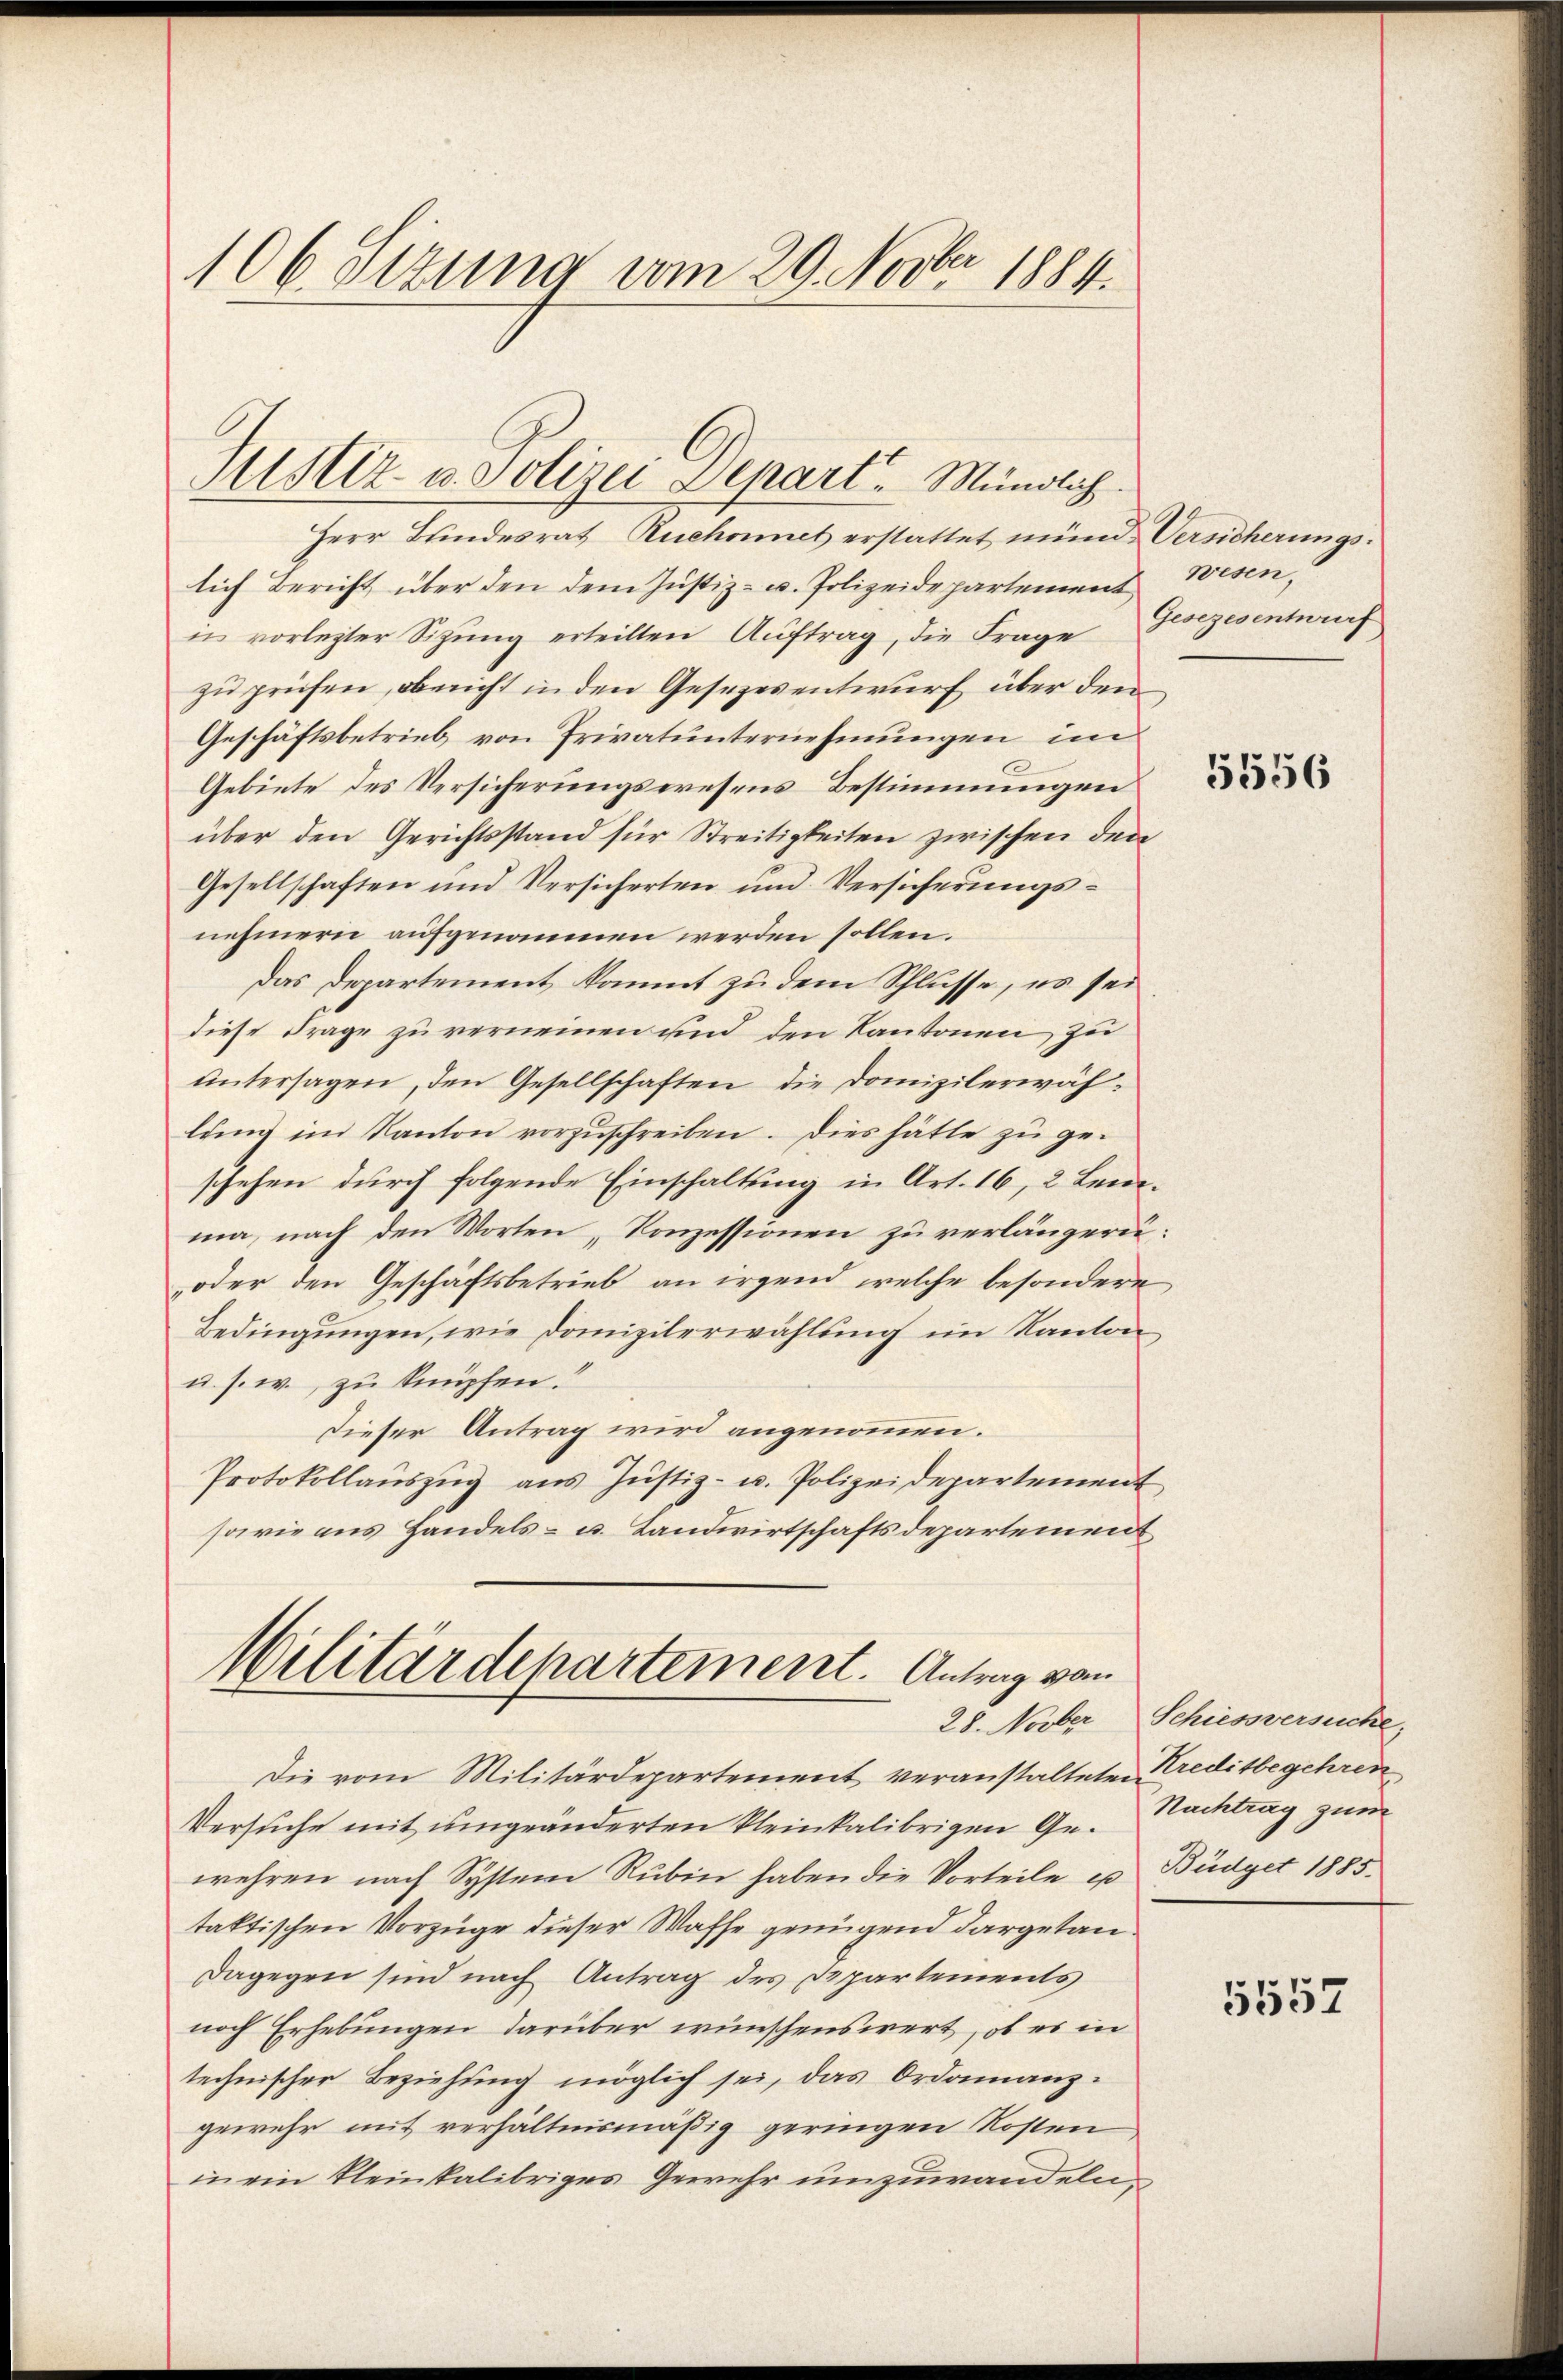
106. Setzung vom 29. Novbr 1884.

Justiz- u. Polizei Depart. Mündlich.

Herr Bundesrat Ruchonnet erstattet münd Versicherungs-
lich Bericht über den dem Justiz- u. Polizeidepartement
in vorlegter Sitzung erteilten Auftrag, die Frage
zu prüfen, obericht in den Gesezesentwurf über den
Geschäftsbetrieb von Privatunternehmungen im
Gebiete des Versicherungswesens Bestimmungen
über den Gerichtsstand für Streitigkeiten zwischen den
Gesellschaften und Versicherten und Versicherungsnehmern aufgenommen werden sollen.
Das Departement kommt zu dem Schlüsse, es sei
diese Frage zu verneinen und den Kantonen zu
untersagen, den Gesellschaften die Domizilerwählung im Kanton vorzuschreiben. Dies hätte zu geschehen durch folgende Einschaltung in Art. 16, 2 Leima, nach den Worten Konzessionen zu verlängern.
oder den Geschäftsbetrieb an irgend welche besondere
Bedingungen, wie Domizilerwählung im Kanton
u. s. w. zu knüpfen.
Dieser Antrag wird angenommen.
Protokollaŭszŭg aŭs Jŭstiz- u. Polizeidepartement
sowie aus Handels- u. Landwirtschaftsdepartement

Militärdepartement. Antrag vom

Die vom Militärdepartement veranstalteten Kreditbegehren¬
Versuche mit umgeänderten kleinkalibrigen Gewehren nach System Rubin haben die Vorteile es
taktischen Vorzüge dieser Waffe genügend dargetandagegen sind nach Antrag des Departements
noch Erhebungen darüber wünschenswert, ob es in
technischer Beziehung möglich sei, das Ordonanzgewehr mit verhältnismäßig geringen Kosten
in ein kleinsalibriges Gewehr umzuwandeln,

wesen.
Gesezesentwurf

5556

28. Novber Schiessversuche,
Nachtrag zum
Büdget 1885.

5557